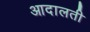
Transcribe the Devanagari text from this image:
आदालती